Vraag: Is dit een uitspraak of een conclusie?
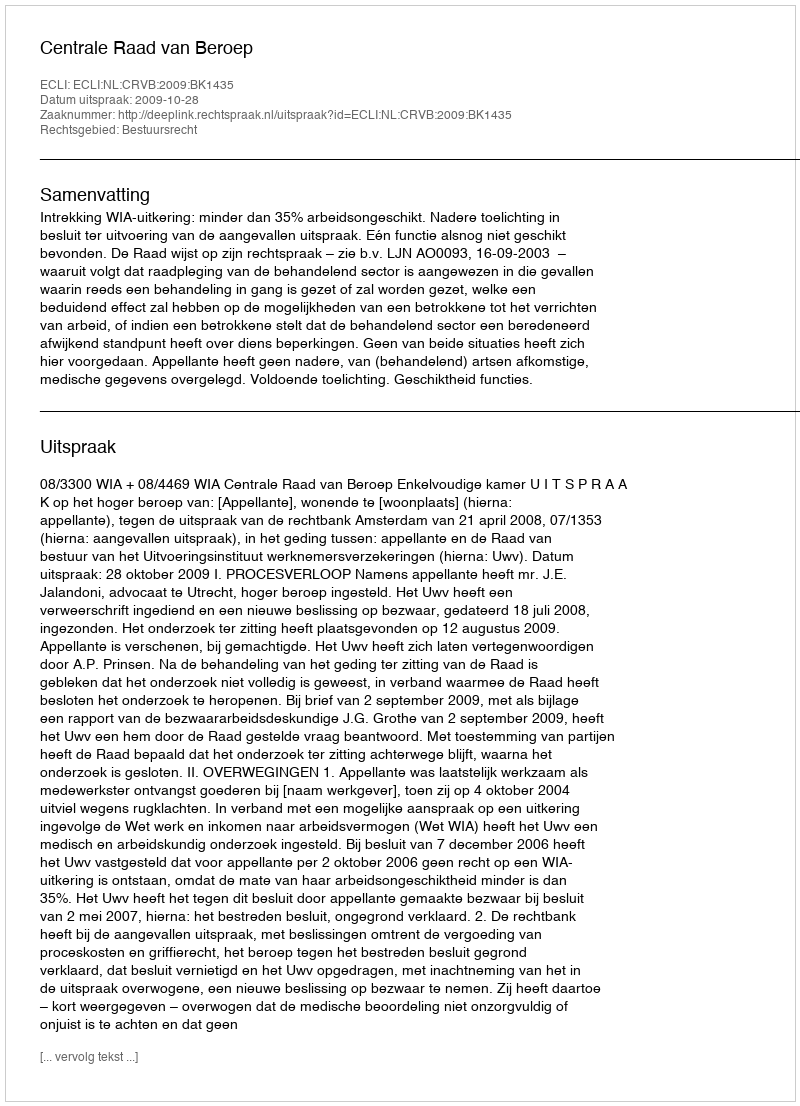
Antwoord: Uitspraak